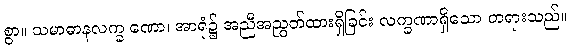
စွာ။ သမာဓာနလက္ခ ဏော၊ အာရုံ၌ အညီအညွတ်ထားရှိခြင်း လက္ခဏာရှိသော တရားသည်။